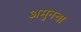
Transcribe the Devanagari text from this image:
अमुनचा